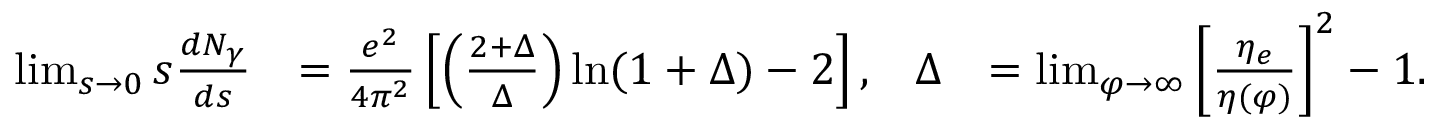
\begin{array} { r l r l } { \operatorname* { l i m } _ { s \to 0 } s \frac { d N _ { \gamma } } { d s } } & { = \frac { e ^ { 2 } } { 4 \pi ^ { 2 } } \left[ \left( \frac { 2 + \Delta } { \Delta } \right) \ln ( 1 + \Delta ) - 2 \right] , } & { \Delta } & { = \operatorname* { l i m } _ { \varphi \to \infty } \left[ \frac { \eta _ { e } } { \eta ( \varphi ) } \right] ^ { 2 } - 1 . } \end{array}